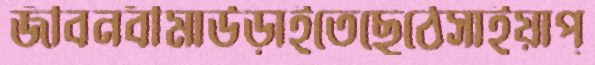
জীবনবীমাউড়াইতেছেঠেসাইয়াপ্